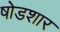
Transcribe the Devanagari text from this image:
षोडशार